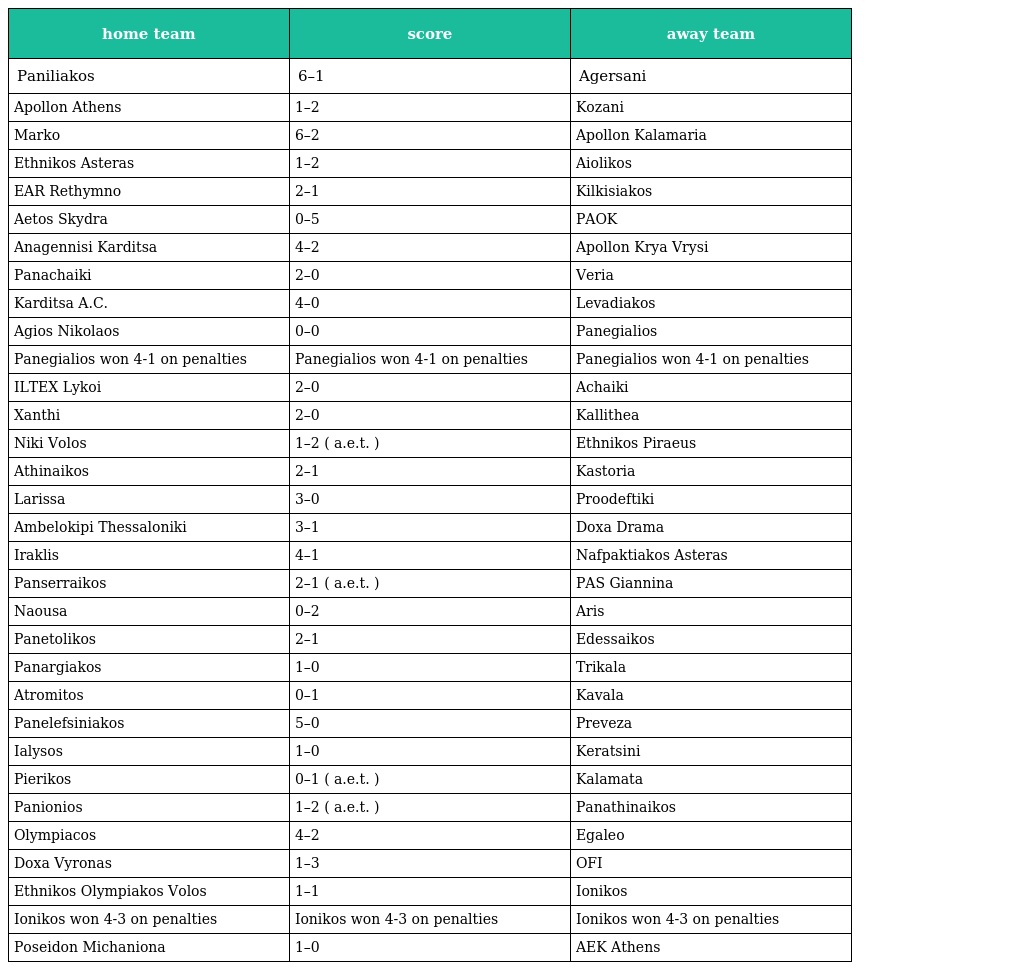
| home team | score | away team |
 | --- | --- | --- |
 | Paniliakos | 6–1 | Agersani |
 | Apollon Athens | 1–2 | Kozani |
 | Marko | 6–2 | Apollon Kalamaria |
 | Ethnikos Asteras | 1–2 | Aiolikos |
 | EAR Rethymno | 2–1 | Kilkisiakos |
 | Aetos Skydra | 0–5 | PAOK |
 | Anagennisi Karditsa | 4–2 | Apollon Krya Vrysi |
 | Panachaiki | 2–0 | Veria |
 | Karditsa A.C. | 4–0 | Levadiakos |
 | Agios Nikolaos | 0–0 | Panegialios |
 | Panegialios won 4-1 on penalties | Panegialios won 4-1 on penalties | Panegialios won 4-1 on penalties |
 | ILTEX Lykoi | 2–0 | Achaiki |
 | Xanthi | 2–0 | Kallithea |
 | Niki Volos | 1–2 ( a.e.t. ) | Ethnikos Piraeus |
 | Athinaikos | 2–1 | Kastoria |
 | Larissa | 3–0 | Proodeftiki |
 | Ambelokipi Thessaloniki | 3–1 | Doxa Drama |
 | Iraklis | 4–1 | Nafpaktiakos Asteras |
 | Panserraikos | 2–1 ( a.e.t. ) | PAS Giannina |
 | Naousa | 0–2 | Aris |
 | Panetolikos | 2–1 | Edessaikos |
 | Panargiakos | 1–0 | Trikala |
 | Atromitos | 0–1 | Kavala |
 | Panelefsiniakos | 5–0 | Preveza |
 | Ialysos | 1–0 | Keratsini |
 | Pierikos | 0–1 ( a.e.t. ) | Kalamata |
 | Panionios | 1–2 ( a.e.t. ) | Panathinaikos |
 | Olympiacos | 4–2 | Egaleo |
 | Doxa Vyronas | 1–3 | OFI |
 | Ethnikos Olympiakos Volos | 1–1 | Ionikos |
 | Ionikos won 4-3 on penalties | Ionikos won 4-3 on penalties | Ionikos won 4-3 on penalties |
 | Poseidon Michaniona | 1–0 | AEK Athens |